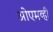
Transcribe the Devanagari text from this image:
ओएमव्ही